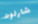
شارلوت